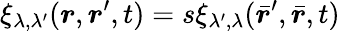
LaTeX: \xi_{\lambda,\lambda^{\prime}}(\boldsymbol{r},\boldsymbol{r}^{\prime},t)=s\xi_{\lambda^{\prime},\lambda}(\bar{\boldsymbol{r}}^{\prime},\bar{\boldsymbol{r}},t)